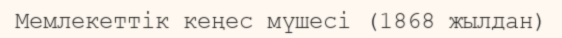
Мемлекеттік кеңес мүшесі (1868 жылдан)